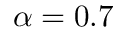
\alpha = 0 . 7